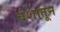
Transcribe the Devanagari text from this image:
वंशातून